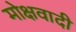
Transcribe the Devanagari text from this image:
मोक्षवादी